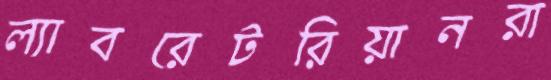
ল্যাবরেটরিয়ানরা